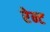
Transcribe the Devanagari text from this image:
रेन्ट